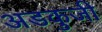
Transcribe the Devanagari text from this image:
अडकुजी